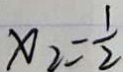
x _ { 2 } = \frac { 1 } { 2 }